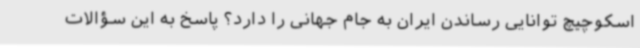
اسکوچیچ توانایی رساندن ایران به جام جهانی را دارد؟ پاسخ به این سؤالات